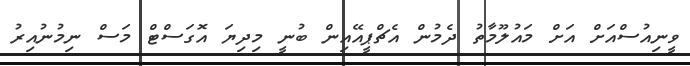
ވީނިއުސްއަށް އަށް މައުލޫމާތު ދެމުން އެޗްޕީއޭއިން ބުނީ މިދިޔަ އޮގަސްޓް މަސް ނިމުނުއިރު